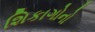
શિકાગોનો